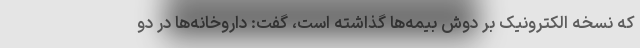
که نسخه الکترونیک بر دوش بیمه‌ها گذاشته است، گفت: داروخانه‌ها در دو